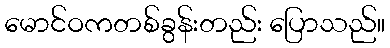
မောင်ဝကတစ်ခွန်းတည်း ပြောသည်။